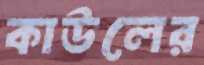
কাউলের